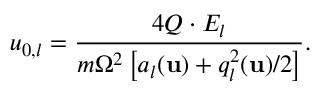
u _ { 0 , l } = \frac { 4 Q \cdot E _ { l } } { m \Omega ^ { 2 } \left[ a _ { l } ( \mathbf { u } ) + q _ { l } ^ { 2 } ( \mathbf { u } ) / 2 \right] } .